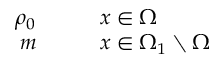
\begin{array} { r l } { \rho _ { 0 } \qquad } & { { } x \in \Omega } \\ { m \qquad } & { { } x \in \Omega _ { 1 } \setminus \Omega } \end{array}